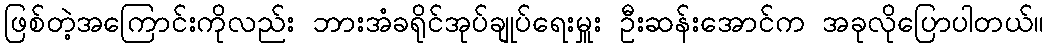
ဖြစ်တဲ့အကြောင်းကိုလည်း ဘားအံခရိုင်အုပ်ချုပ်ရေးမှူး ဦးဆန်းအောင်က အခုလိုပြောပါတယ်။